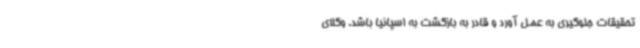
تحقیقات جلوگیری به عمل آورد و قادر به بازگشت به اسپانیا باشد. وکلای